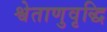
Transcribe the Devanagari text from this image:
श्वेताणुवृद्धि